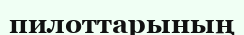
пилоттарының